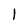
Character: 1